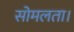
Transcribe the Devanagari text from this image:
सोमलता।